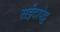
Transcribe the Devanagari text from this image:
सईदापेट्ट